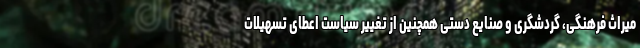
میراث فرهنگی، گردشگری و صنایع دستی همچنین از تغییر سیاست اعطای تسهیلات